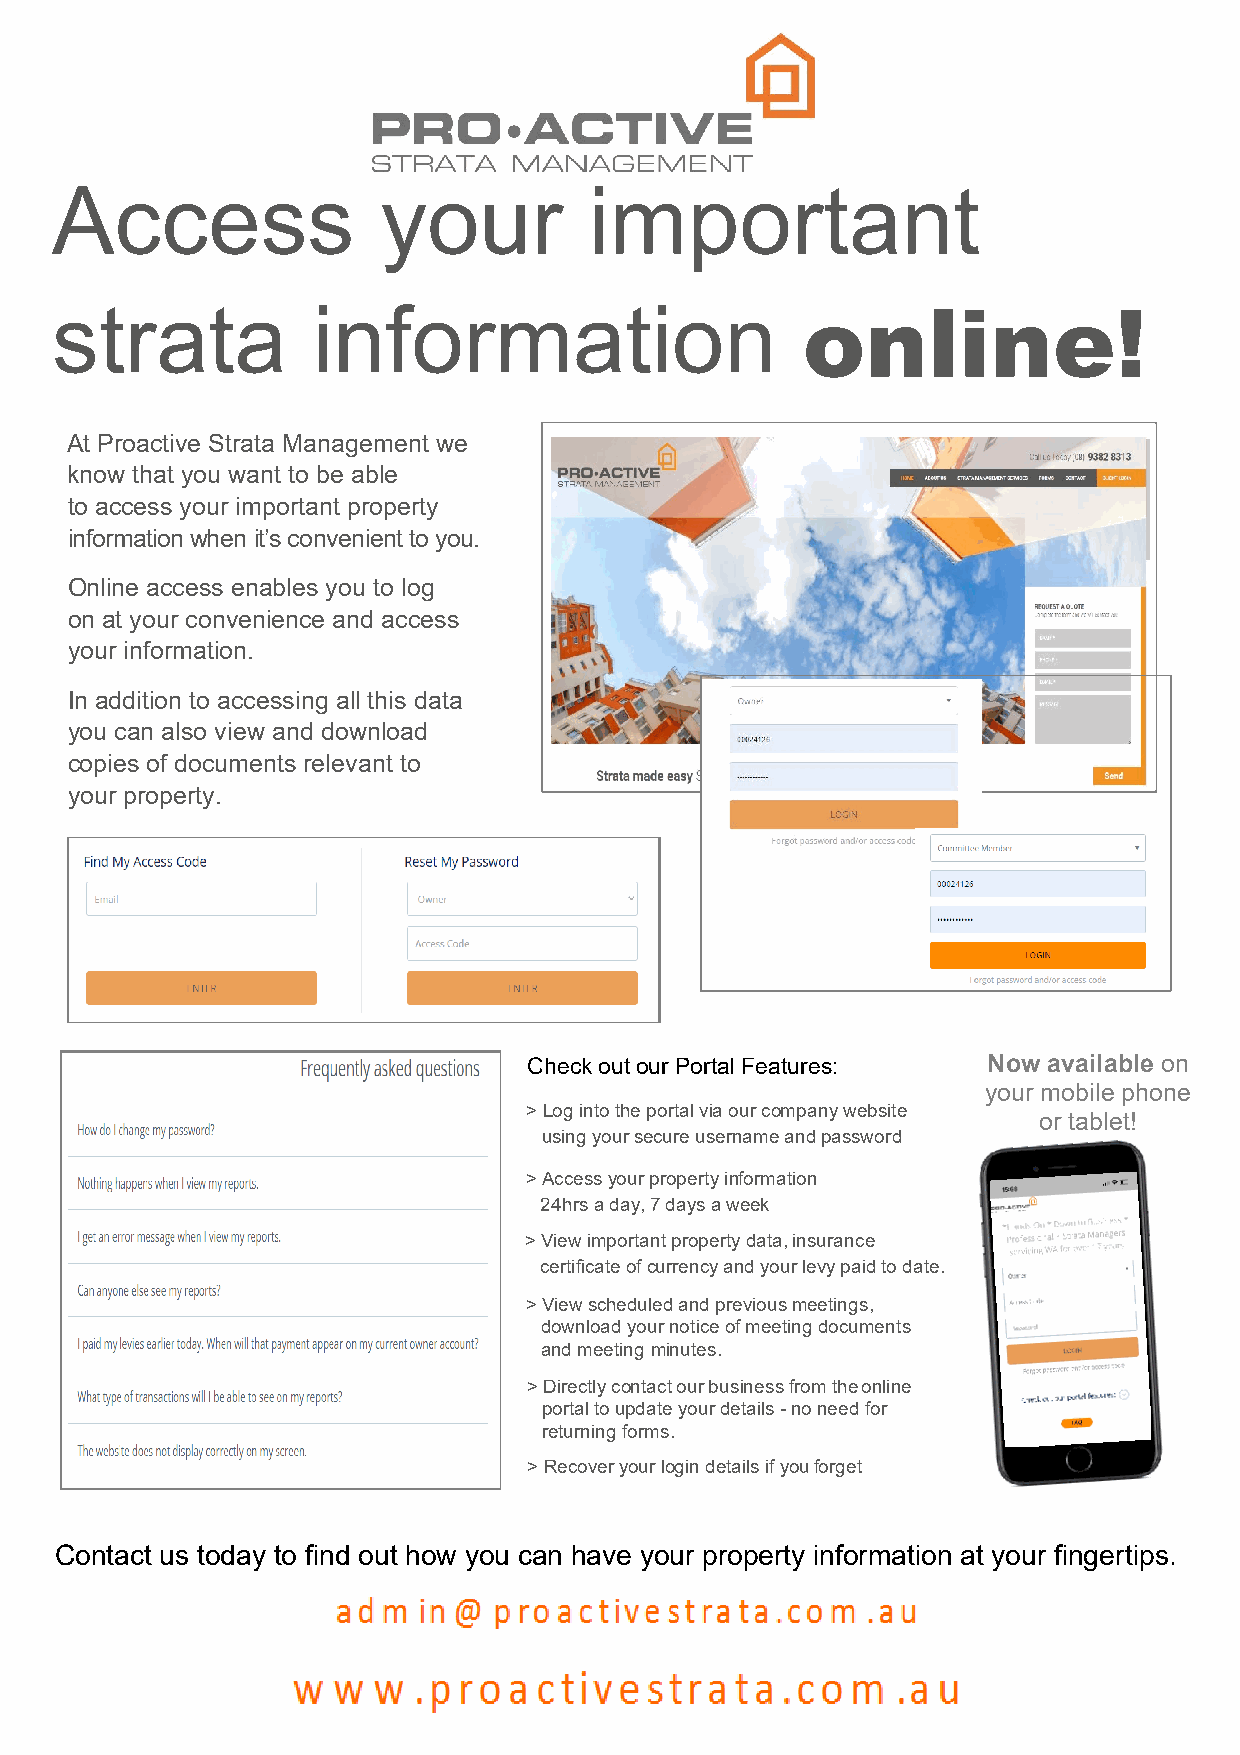
Access                your          important
 strata            information                     online!
 At Proactive Strata Management we
 know that you want to be able
 to access your important property
 information when it’s convenient to you.
 Online access enables you to log
 on at your convenience and access
 your information.
 In addition to accessing all this data
 you can also view and download
 copies of documents relevant to
 your property.
 Check out our Portal Features: Now available on
 your mobile phone
 > Log into the portal via our company website
 or tablet!
 using your secure username and password
 > Access your property information
 24hrs a day, 7 days a week
 > View important property data, insurance
 certificate of currency and your levy paid to date.
 > View scheduled and previous meetings,
 download your notice of meeting documents
 and meeting minutes.
 > Directly contact our business from the online
 portal to update your details - no need for
 returning forms.
 > Recover your login details if you forget
 Contact us today to find out how you can have your property information at your fingertips.